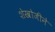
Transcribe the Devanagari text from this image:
शेखोजीने